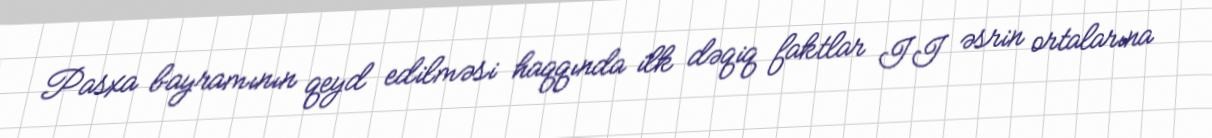
Pasxa bayramının qeyd edilməsi haqqında ilk dəqiq faktlar II əsrin ortalarına